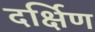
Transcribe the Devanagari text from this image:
दर्क्षिण